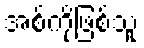
အစ်ကိုဖြစ်သူ